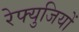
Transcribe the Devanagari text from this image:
रेफ्युजियों